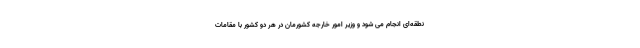
نطقه‌ای انجام می شود و وزیر امور خارجه کشورمان در هر دو کشور با مقامات